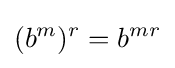
(b^{m})^{r}=b^{mr}